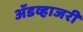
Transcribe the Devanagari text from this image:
ॲडव्हाजरी